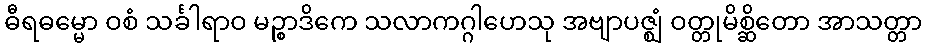
ဓီရဓမ္မော ဝစံ သင်္ခါရာဝ မဉ္စာဒိကေ သလာကဂ္ဂါဟေသု အဗျာပဇ္ဈံ ဝတ္တုမိစ္ဆိတော အာသတ္တာ